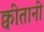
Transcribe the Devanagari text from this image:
क्वीतानी